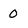
Character: 0